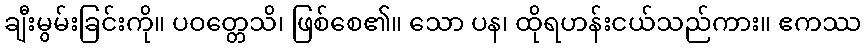
ချီးမွမ်းခြင်းကို။ ပဝတ္တေသိ၊ ဖြစ်စေ၏။ သော ပန၊ ထိုရဟန်းငယ်သည်ကား။ ဧကဿ